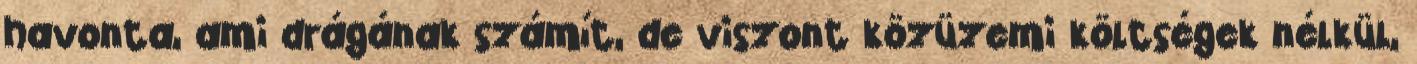
havonta, ami drágának számít, de viszont közüzemi költségek nélkül,